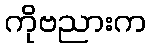
ကိုဗညားက